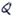
Text: Q